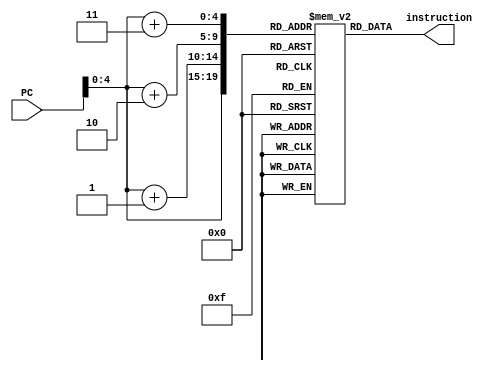
`timescale 1ns / 1ps
//////////////////////////////////////////////////////////////////////////////////
// Company: 
// Engineer: 
// 
// Design Name: 
// Module Name:    Instruction_mem 
// Project Name: 
// Target Devices: 
// Tool versions: 
// Description: 
//
// Dependencies: 
//
// Revision: 
// Revision 0.01 - File Created
// Additional Comments: 
//
//////////////////////////////////////////////////////////////////////////////////
module Instruction_mem(instruction, PC);

input [31:0] PC;
output reg [31:0] instruction;
reg [7:0] instr_mem [31:0];

initial
begin
	//sub $2, $1, $3
	//00000000/00100011/00010000/00100010
	instr_mem[4]=8'b000000_00;
	instr_mem[5]=8'b001_00011;
	instr_mem[6]=8'b00010_000;
	instr_mem[7]=8'b00_100010;
	//and $12, $2, $5
	//00000000/01000101/01100000/00100100
	instr_mem[8]=8'b000000_00;
	instr_mem[9]=8'b010_00101;
	instr_mem[10]=8'b01100_000;
	instr_mem[11]=8'b00_100100;
	//or $13, $6, $2
	//00000000/11000010/01101000/00100101
	instr_mem[12]=8'b000000_00;
	instr_mem[13]=8'b110_00010;
	instr_mem[14]=8'b01101_000;
	instr_mem[15]=8'b00_100101;
	//add $14, $2, $2
	//00000000/01000010/01110000/00100000
	instr_mem[16]=8'b000000_00;
	instr_mem[17]=8'b010_00010;
	instr_mem[18]=8'b01110_000;
	instr_mem[19]=8'b00_100000;
	//sw $15, 100($2)
	//10101100/01001111/00000000/01100100
	instr_mem[20]=8'b101011_00;
	instr_mem[21]=8'b010_01111;
	instr_mem[22]=8'b00000000;
	instr_mem[23]=8'b01100100;
end

always@(*)
begin
	instruction = {instr_mem[PC], 
						instr_mem[PC + 1],
						instr_mem[PC + 2],
						instr_mem[PC + 3]};
end

endmodule